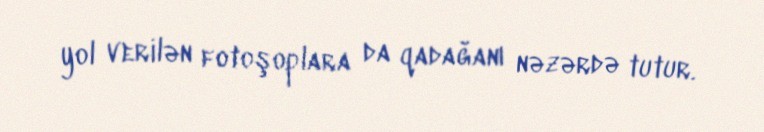
yol verilən fotoşoplara da qadağanı nəzərdə tutur.